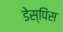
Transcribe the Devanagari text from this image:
डेस्पिंस